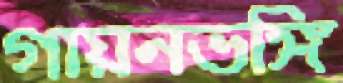
গায়নভঙ্গি